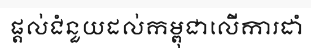
ផ្តល់ជំនួយដល់កម្ពុជាលើការដាំ